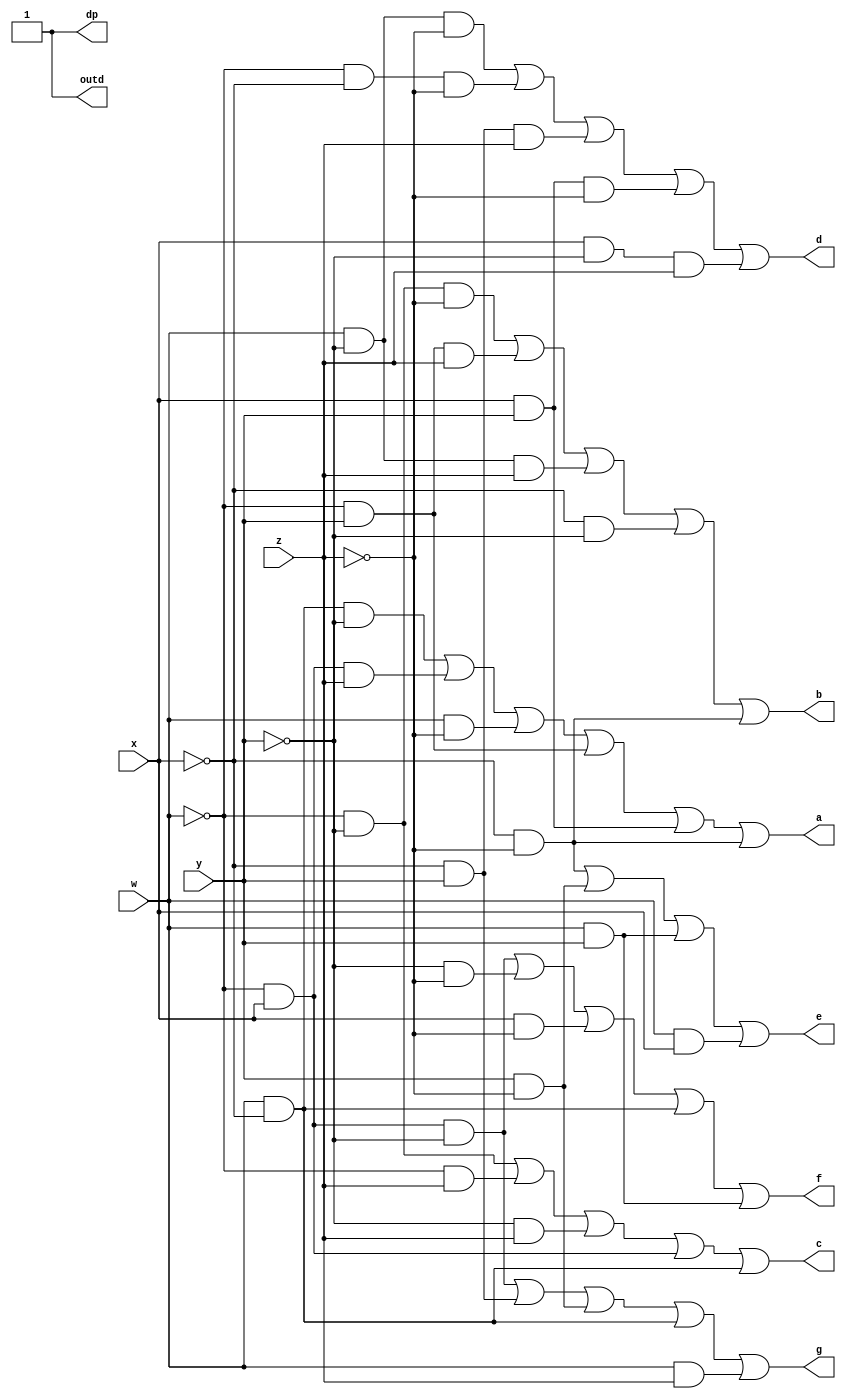
`timescale 1ns / 1ps
//////////////////////////////////////////////////////////////////////////////////
// Company: 
// Engineer: 
// 
// Design Name: 
// Module Name: seg7
// Project Name: 
// Target Devices: 
// Tool Versions: 
// Description: 
// 
// Dependencies: 
// 
// Revision:
// Revision 0.01 - File Created
// Additional Comments:
// 
//////////////////////////////////////////////////////////////////////////////////


module seg7(
 input w,x,y,z,
 output a,b,c,d,e,f,g,dp,outd
 );
 assign dp = 1;
 assign a = w&~x&~y | ~w&x&z | w&~z | ~w&y | x&y | ~x&~z;
 assign b = ~w&~y&~z | ~w&y&z | w&~y&z | ~x&~y | ~x&~z;
 assign c = ~w&~y | ~w&z | ~y&z | ~w&x | w&~x;
 assign d = w&~y&~z | ~w&~x&~z | ~x&y&z | x&y&~z | x&~y&z;
 assign e = ~x&~z | y&~z | w&y | w&x;
 assign f = ~w&x&~y | ~y&~z | x&~z | w&~x | w&y;
 assign g = ~w&x&~y | ~x&y | y&~z | w&~x | w&z; 
 assign outd = a|b|c|d|e|f|g|dp;
endmodule